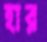
হার